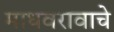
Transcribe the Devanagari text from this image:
माधवरावाचे